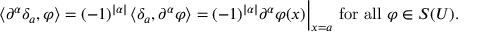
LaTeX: \left\langle \partial ^ { \alpha } \delta _ { a } , \varphi \right\rangle = ( - 1 ) ^ { | \alpha | } \left\langle \delta _ { a } , \partial ^ { \alpha } \varphi \right\rangle = ( - 1 ) ^ { | \alpha | } \partial ^ { \alpha } \varphi ( x ) { \Big | } _ { x = a } { \mathrm { ~ f o r ~ a l l ~ } } \varphi \in S ( U ) .